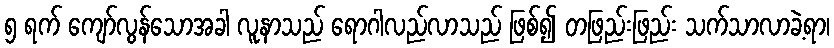
၅ ရက် ကျော်လွန်သောအခါ လူနာသည် ရောဂါလည်လာသည် ဖြစ်၍ တဖြည်းဖြည်း သက်သာလာခဲ့ရာ၊